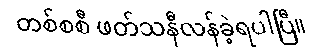
တစ်စစီ ဖတ်သနီလန်ခဲ့ရပါပြီ။